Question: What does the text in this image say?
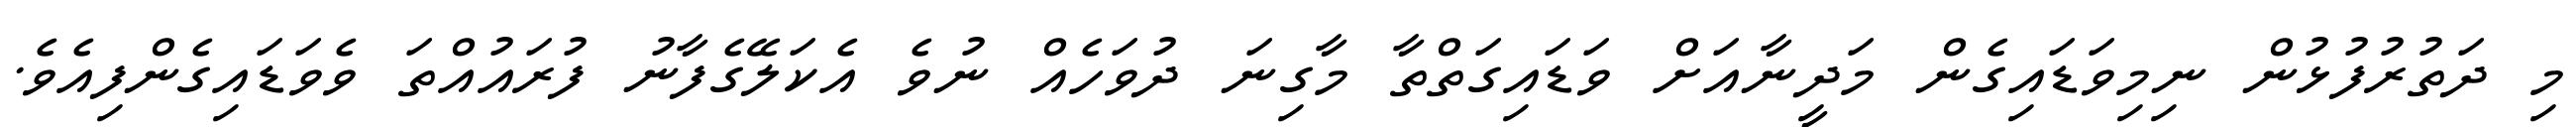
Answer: މި ދަތުރުފުޅުން ނިމިވަޑައިގެން މަދީނާއަށް ވަޑައިގަތްތާ މާގިނަ ދުވަހެއް ނުވެ އެކަލޭގެފާނު ފުރައުއްތަ ވެވަޑައިގެންފިއެވެ.